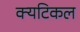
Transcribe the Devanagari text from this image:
क्यटिकल